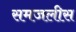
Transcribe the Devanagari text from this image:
समजलीस